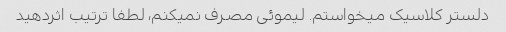
دلستر کلاسیک میخواستم. لیموئی مصرف نمیکنم، لطفا ترتیب اثردهید